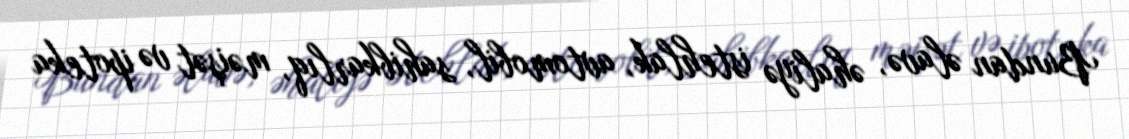
Bundan əlavə, əhaliyə istehlak, avtomobil, sahibkarlıq, məişət və ipoteka